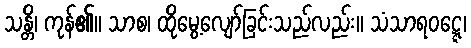
သန္တိ၊ ကုန်၏။ သာစ၊ ထိုမွေ့လျော်ခြင်းသည်လည်း။ သံသာရဝဋ္ဋေ၊